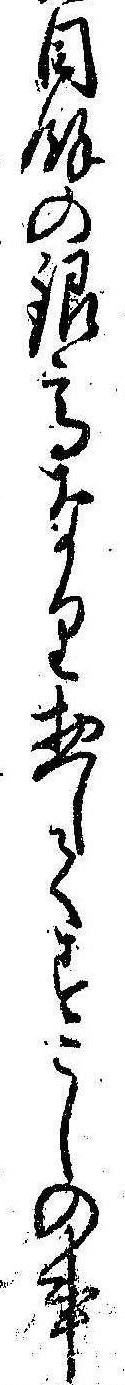
目余の銀高なり惣してすこしの事